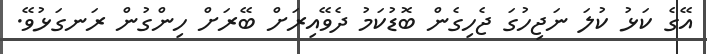
އޭގެ ކަޅު ކުލަ ނަޖިހުގަ ޖެހިގެން ބޮޑުކަމު ދެވޭއިރަށް ބޭރަށް ހިންގުން ރަނގަޅުވޭ.